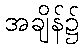
အချိန်၌